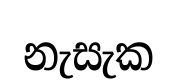
නැසැක